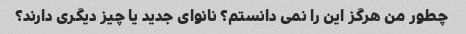
چطور من هرگز این را نمی دانستم؟ نانوای جدید یا چیز دیگری دارند؟